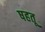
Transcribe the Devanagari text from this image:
षहतू